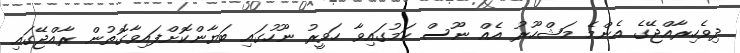
ދިވެހިރާއްޖޭގެ އެންމެ މަޝްހޫރު އެއް ނޫސް ކަމުގައިވާ ހަވީރު ނޫހުގައި ބަޔާންކޮށްފައިވާގޮތުން ރާއްޖޭގައި